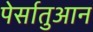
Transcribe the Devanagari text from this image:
पेर्सातुआन